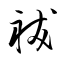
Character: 祓